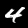
Digit: 4